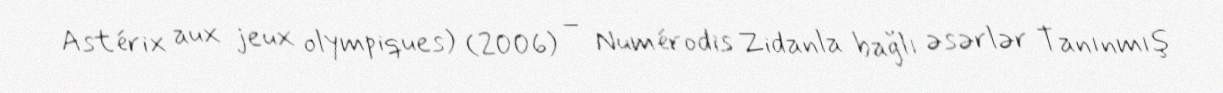
Astérix aux jeux olympiques) (2006) – Numérodis Zidanla bağlı əsərlər Tanınmış